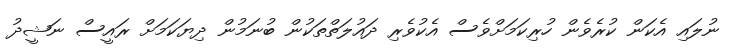
ނުލައި އެކަން ކުރެވެން ހުރިކަމަށްވެސް އެކުވެރި ދައުލަތްތަކުން ބުނަމުން ދިޔަކަމަށް ރައީސް ނަޝީދު